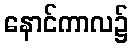
နောင်ကာလ၌